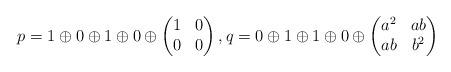
LaTeX: \begin{align*}p= 1\oplus 0\oplus 1\oplus 0\oplus \begin{pmatrix}1&0\\0&0\end{pmatrix},q= 0\oplus 1\oplus 1\oplus 0\oplus \begin{pmatrix}a^2&ab \\ab&b^2\end{pmatrix}\end{align*}